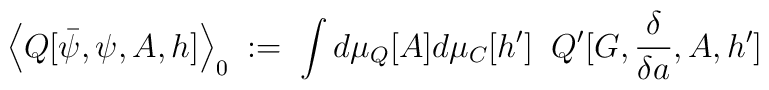
\Big\langle Q[\bar{\psi},\psi,A,h] \Big\rangle_0 \; := \;\int d\mu_Q[A] d\mu_C[h^\prime] \; \;Q^\prime [G,\frac{\delta}{\delta a},A,h^\prime ]